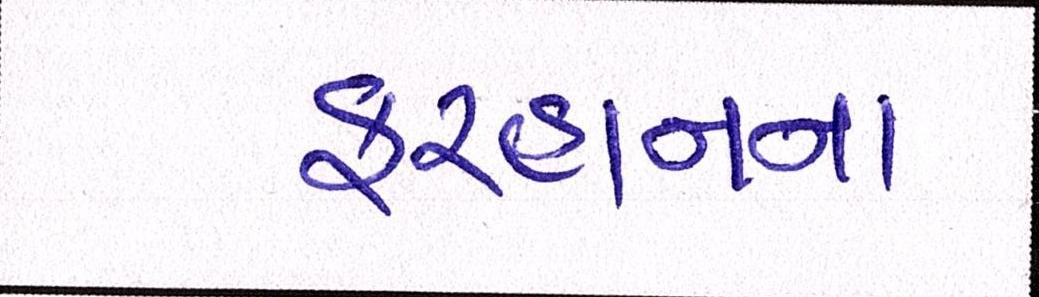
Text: ફરહાનના